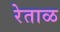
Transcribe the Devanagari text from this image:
रेताळ